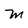
Character: M